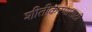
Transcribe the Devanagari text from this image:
शीतीकरणासाठी